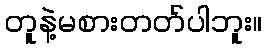
တူနဲ့မစားတတ်ပါဘူး။